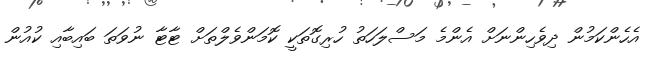
އެހެންކަމުން ދިވެހިންނަށް އެންމެ މަސްލަހަތު ހުރިގޮތަކީ ކޮމަންވެލްތަށް ޓާޓާ ނުވަތަ ބައިބާއި ކުއުން